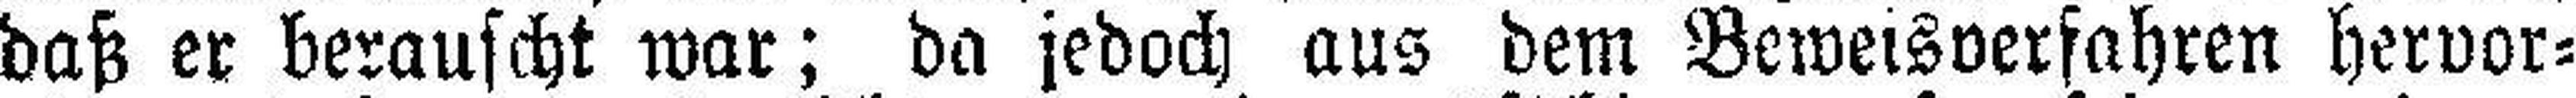
daß er berauscht war; da jedoch aus dem Beweisverfahren hervor¬